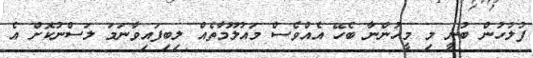
ފުލުހުން ބުނީ މި މީހުންނާ ބެހޭ އެއްވެސް މައުލޫމާތެއް ލިބިފައިވާނަމަ ލަސްނުކޮށް އެ